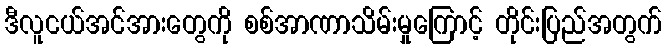
ဒီလူငယ်အင်အားတွေကို စစ်အာဏာသိမ်းမှုကြောင့် တိုင်းပြည်အတွက်